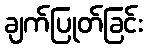
ချက်ပြုတ်ခြင်း